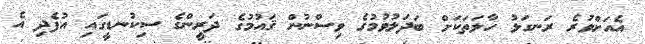
އެއަށްވުރެ ރަނގަޅު ހާލަތަކަށް ބަދަލުވުމުގެ ވިސްނުން ޤައުމުގެ ދަރީންގެ ސިކުނޑީގައި އުފެދި އެ